Vaccination in Bombay 1902-1912 - 1902-1912
Year: 1902
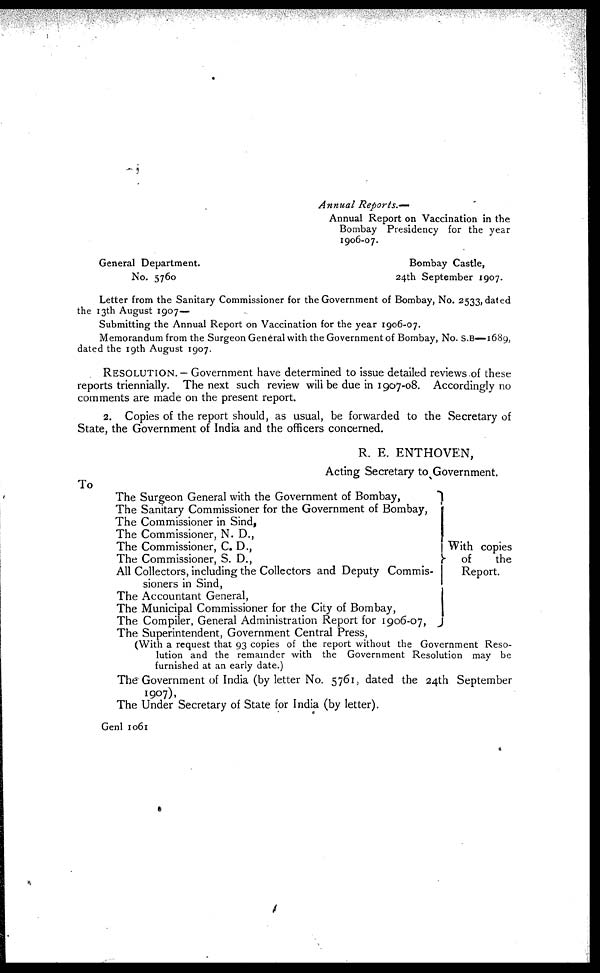
Annual
Reports.—
Annual Report on Vaccination in the
Bombay Presidency for the year
1906-07.
General Department.
No. 5760
Bombay Castle,
24th September 1907.
Letter from the Sanitary Commissioner for the Government of Bombay, No. 2533, dated
the 13th August 1907—
Submitting the Annual Report on Vaccination for the year 1906-07.
Memorandum from the Surgeon General with the Government of Bombay, No. S.B—1689,
dated the 19th August 1907.
RESOLUTION. — Government have determined to issue detailed reviews of these
reports triennially. The next such review will be due in 1907-08. Accordingly no
comments are made on the present report.
2. Copies of the report should, as usual, be forwarded to the Secretary of
State, the Government of India and the officers concerned.
R. E. ENTHOVEN,
Acting Secretary to Government.
To
The Surgeon General with the Government of Bombay,
The Sanitary Commissioner for the Government of Bombay,
The Commissioner in Sind,
The Commissioner, N. D.,
The Commissioner, C. D.,
The Commissioner, S. D.,
All Collectors, including the Collectors and Deputy Commis-
sioners in Sind,
The Accountant General,
The Municipal Commissioner for the City of Bombay,
The Compiler, General Administration Report for 1906-07,
The Superintendent, Government Central Press,
With copies
of
the
Report.
(With a request that 93 copies of the report without the Government Reso-
lution and the remainder with the Government Resolution may be
furnished at an early date.)
The Government of India (by letter No. 5761, dated the 24th September
1907).
The Under Secretary of State for India (by letter).
Genl 1061